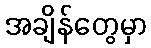
အချိန်တွေမှာ